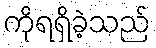
ကိုရရှိခဲ့သည်